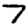
Digit: 7